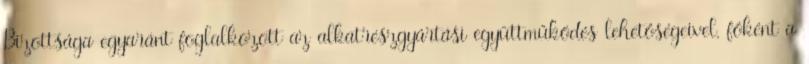
Bizottsága egyaránt foglalkozott az alkatrészgyártási együttműködés lehetőségeivel, főként a